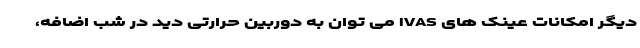
دیگر امکانات عینک های IVAS می توان به دوربین حرارتی دید در شب اضافه،